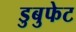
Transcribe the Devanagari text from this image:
डुबुफेट